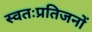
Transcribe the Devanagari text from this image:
स्वतःप्रतिजनों